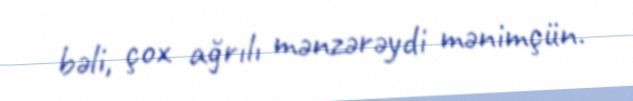
bəli, çox ağrılı mənzərəydi mənimçün.